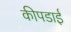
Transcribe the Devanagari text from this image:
कीपडाई